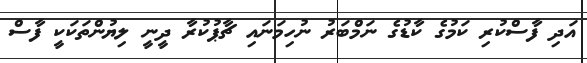
އަދި ފާސްކުރި ކަމުގެ ކާޑުގެ ނަމްބަރު ނުހިމަނައި ޗާޕުކުރާ ދީނީ ލިޔުންތަކަކީ ފާސް